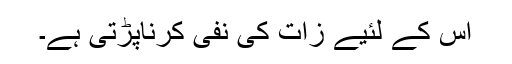
اس کے لئیے زات کی نفی کرناپڑتی ہے۔